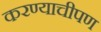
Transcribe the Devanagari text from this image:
करण्याचीपण